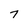
Character: 7